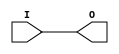
module IBUF_LVTTL (O, I);

    output O;

    input  I;

	buf B1 (O, I);


endmodule